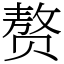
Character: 赘